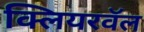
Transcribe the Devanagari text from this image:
क्लियरवॅल